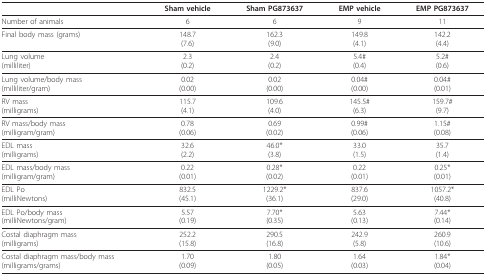
|  | Sham vehicle | Sham PG873637 | EMP vehicle | EMP PG873637 |
 | --- | --- | --- | --- | --- |
 | Number of animals | 6 | 6 | 9 | 11 |
 | Final body mass (grams) | 148.7(7.6) | 162.3(9.0) | 149.8(4.1) | 142.2(4.4) |
 | Lung volume(milliliter) | 2.3(0.2) | 2.4(0.2) | 5.4#(0.4) | 5.2#(0.6) |
 | Lung volume/body mass(milliliter/gram) | 0.02(0.00) | 0.02(0.00) | 0.04#(0.00) | 0.04#(0.01) |
 | RV mass(milligrams) | 115.7(4.1) | 109.6(4.0) | 145.5#(6.3) | 159.7#(9.7) |
 | RV mass/body mass(milligram/gram) | 0.78(0.06) | 0.69(0.02) | 0.99#(0.06) | 1.15#(0.08) |
 | EDL mass(milligrams) | 32.6(2.2) | 46.0*(3.8) | 33.0(1.5) | 35.7(1.4) |
 | EDL mass/body mass(milligram/gram) | 0.22(0.01) | 0.28*(0.02) | 0.22(0.01) | 0.25*(0.01) |
 | EDL Po(milliNewtons) | 832.5(45.1) | 1229.2*(36.1) | 837.6(29.0) | 1057.2*(40.8) |
 | EDL Po/body mass(milliNewtons/gram) | 5.57(0.19) | 7.70*(0.35) | 5.63(0.13) | 7.44*(0.14) |
 | Costal diaphragm mass(milligrams) | 252.2(15.8) | 290.5(16.8) | 242.9(5.8) | 260.9(10.6) |
 | Costal diaphragm mass/body mass(milligrams/grams) | 1.70(0.09) | 1.80(0.05) | 1.64(0.03) | 1.84*(0.04) |